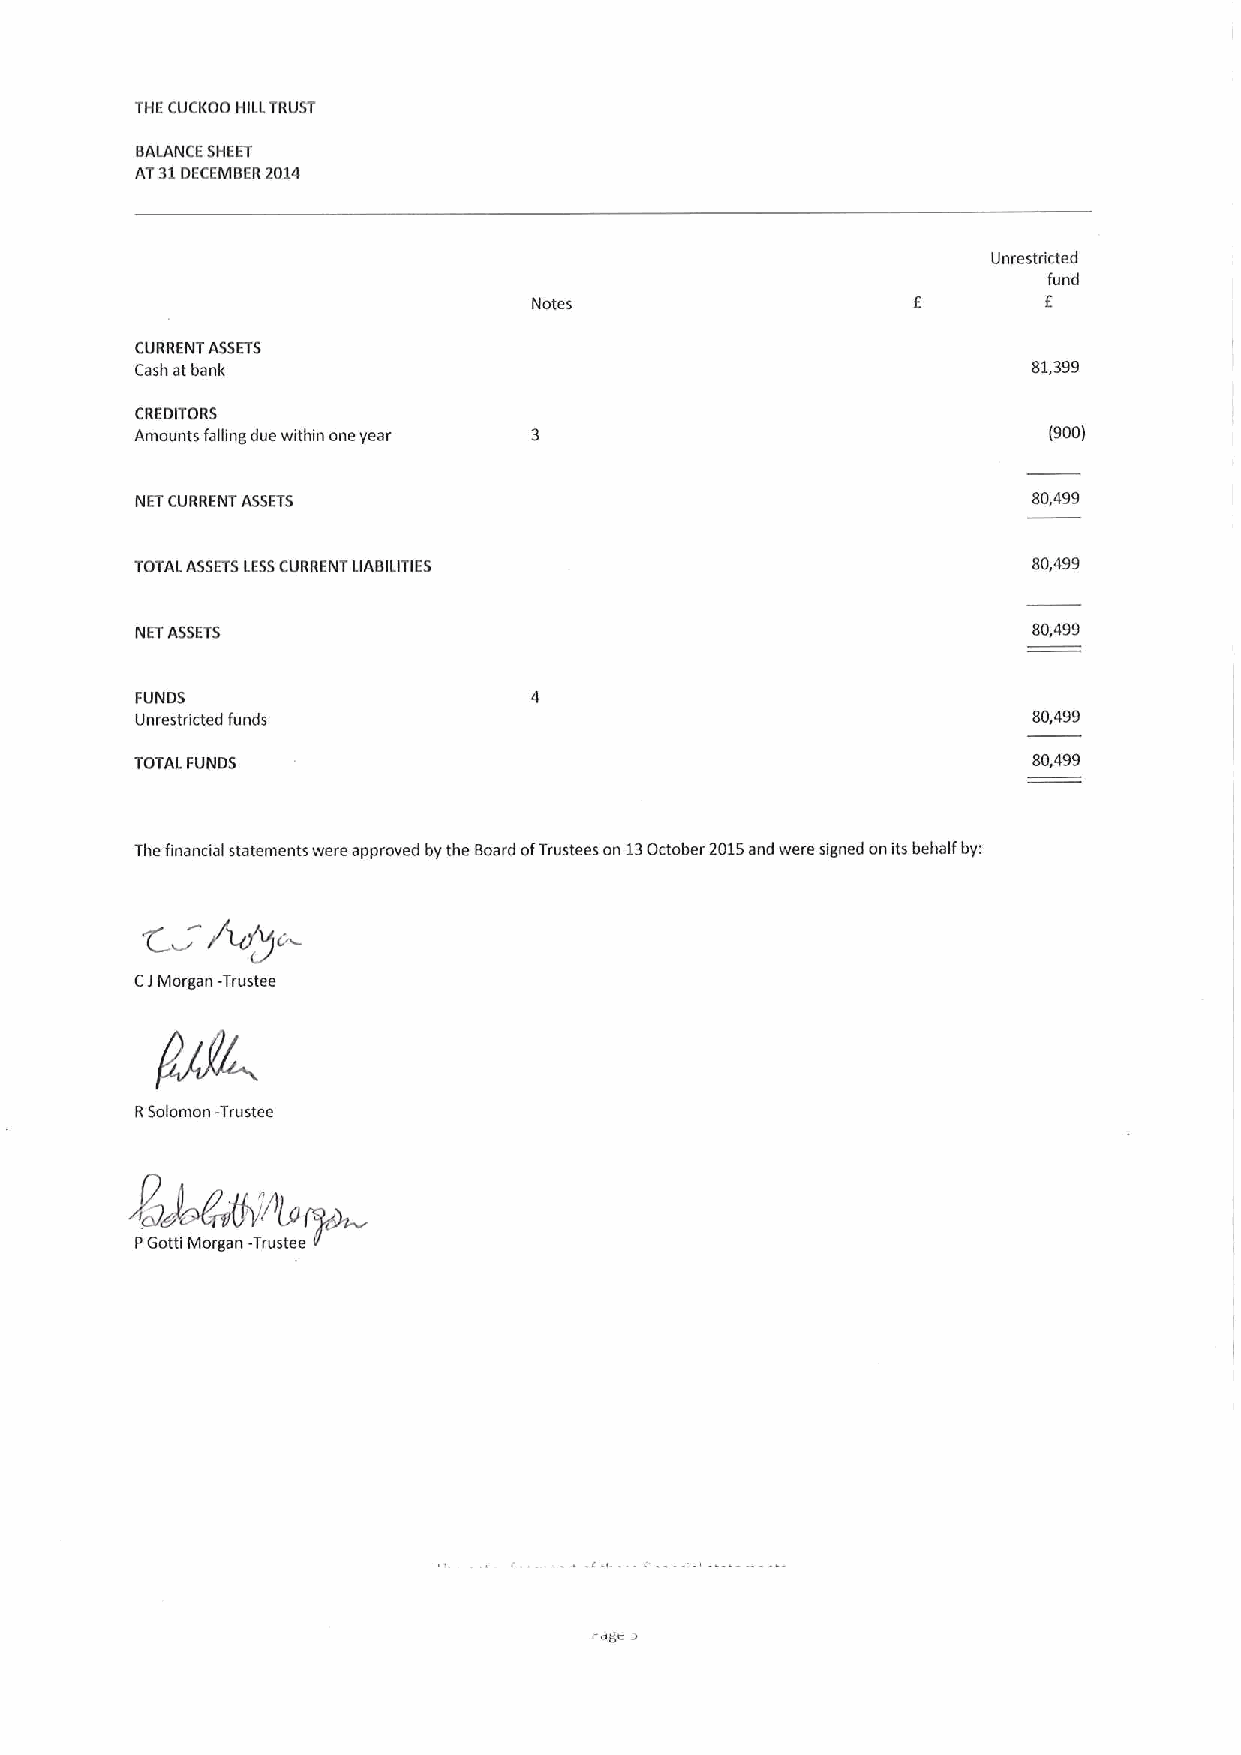
THECUCKOO HILLTRUST
 BALANCE SHEET
 AT31DECEMBER2014
 Unrestricted
 fund
 Notes                             E
 CURRENT ASSETS
 Cash at bank                                               81,399
 CREDITORS
 Amounts falling due within one year                         (900)
 NETCURRENT ASSETS                                          80,499
 TOTALASSETSLESSCURRENT LIABILITIES                         80,499
 NETASSETS                                                  80,499
 FUNDS
 Unrestricted funds                                         80,499
 TOTALFUNDS                                                 80,499
 The financial statements were approved by the Board ofTrustees on 13October 2015and were signed onits behalf by:
 CIMorgan -Trustee
 RSolomon -Trustee
 ~Is~
 ~akC5
 PGotti Morgan-Trustee
 ds J